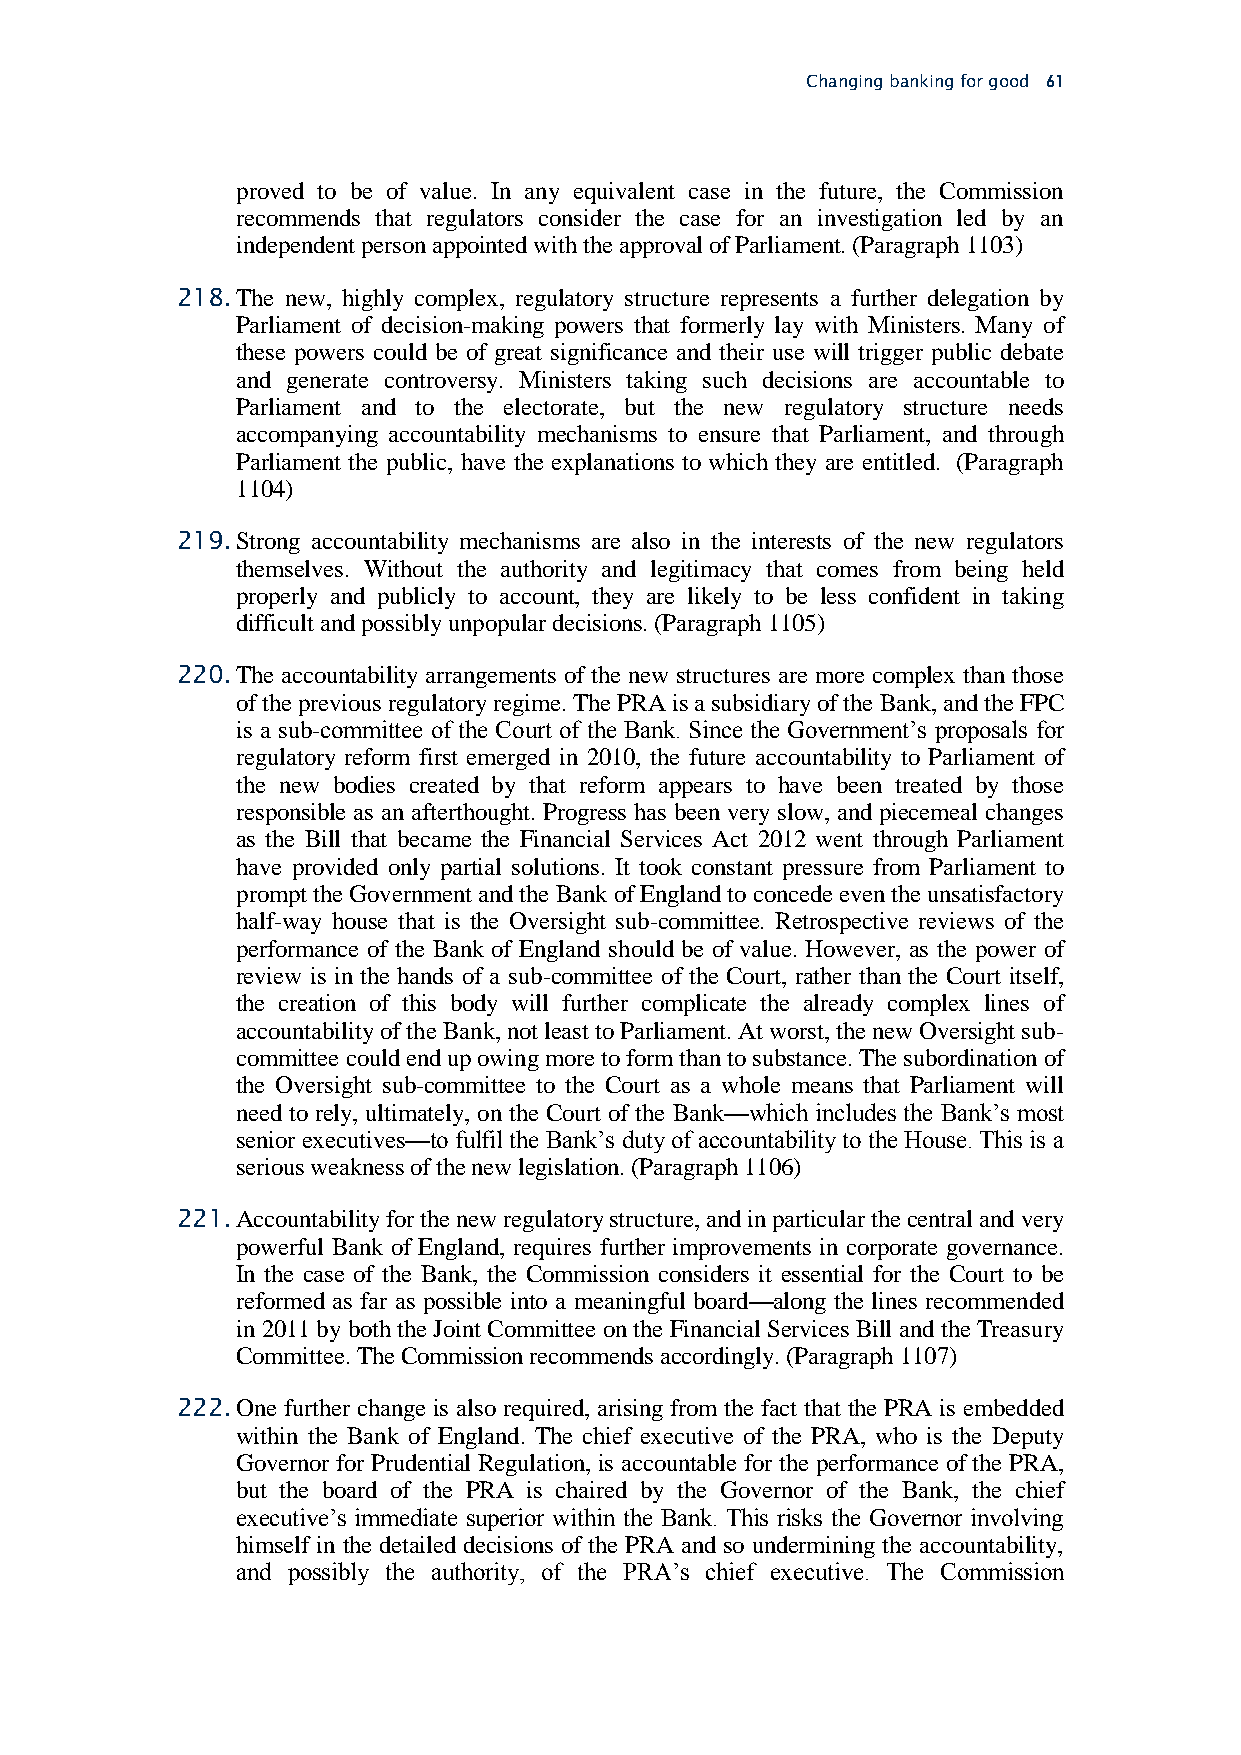
Changing banking for good 61
 proved to be of value. In any equivalent case in the future, the Commission
 recommends that regulators consider the case for an investigation led by an
 independent person appointed with the approval of Parliament. (Paragraph 1103)
 218. The new, highly complex, regulatory structure represents a further delegation by
 Parliament of decision-making powers that formerly lay with Ministers. Many of
 these powers could be of great significance and their use will trigger public debate
 and generate controversy. Ministers taking such decisions are accountable to
 Parliament and to the electorate, but the new regulatory structure needs
 accompanying accountability mechanisms to ensure that Parliament, and through
 Parliament the public, have the explanations to which they are entitled. (Paragraph
 1104)
 219. Strong accountability mechanisms are also in the interests of the new regulators
 themselves. Without the authority and legitimacy that comes from being held
 properly and publicly to account, they are likely to be less confident in taking
 difficult and possibly unpopular decisions. (Paragraph 1105)
 220. The accountability arrangements of the new structures are more complex than those
 of the previous regulatory regime. The PRA is a subsidiary of the Bank, and the FPC
 is a sub-committee of the Court of the Bank. Since the Government’s proposals for
 regulatory reform first emerged in 2010, the future accountability to Parliament of
 the new bodies created by that reform appears to have been treated by those
 responsible as an afterthought. Progress has been very slow, and piecemeal changes
 as the Bill that became the Financial Services Act 2012 went through Parliament
 have provided only partial solutions. It took constant pressure from Parliament to
 prompt the Government and the Bank of England to concede even the unsatisfactory
 half-way house that is the Oversight sub-committee. Retrospective reviews of the
 performance of the Bank of England should be of value. However, as the power of
 review is in the hands of a sub-committee of the Court, rather than the Court itself,
 the creation of this body will further complicate the already complex lines of
 accountability of the Bank, not least to Parliament. At worst, the new Oversight sub-
 committee could end up owing more to form than to substance. The subordination of
 the Oversight sub-committee to the Court as a whole means that Parliament will
 need to rely, ultimately, on the Court of the Bank—which includes the Bank’s most
 senior executives—to fulfil the Bank’s duty of accountability to the House. This is a
 serious weakness of the new legislation. (Paragraph 1106)
 221. Accountability for the new regulatory structure, and in particular the central and very
 powerful Bank of England, requires further improvements in corporate governance.
 In the case of the Bank, the Commission considers it essential for the Court to be
 reformed as far as possible into a meaningful board—along the lines recommended
 in 2011 by both the Joint Committee on the Financial Services Bill and the Treasury
 Committee. The Commission recommends accordingly. (Paragraph 1107)
 222. One further change is also required, arising from the fact that the PRA is embedded
 within the Bank of England. The chief executive of the PRA, who is the Deputy
 Governor for Prudential Regulation, is accountable for the performance of the PRA,
 but the board of the PRA is chaired by the Governor of the Bank, the chief
 executive’s immediate superior within the Bank. This risks the Governor involving
 himself in the detailed decisions of the PRA and so undermining the accountability,
 and possibly the authority, of the PRA’s chief executive. The Commission